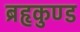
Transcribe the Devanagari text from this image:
ब्रहृकुण्ड